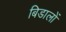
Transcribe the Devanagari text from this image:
बिडालों